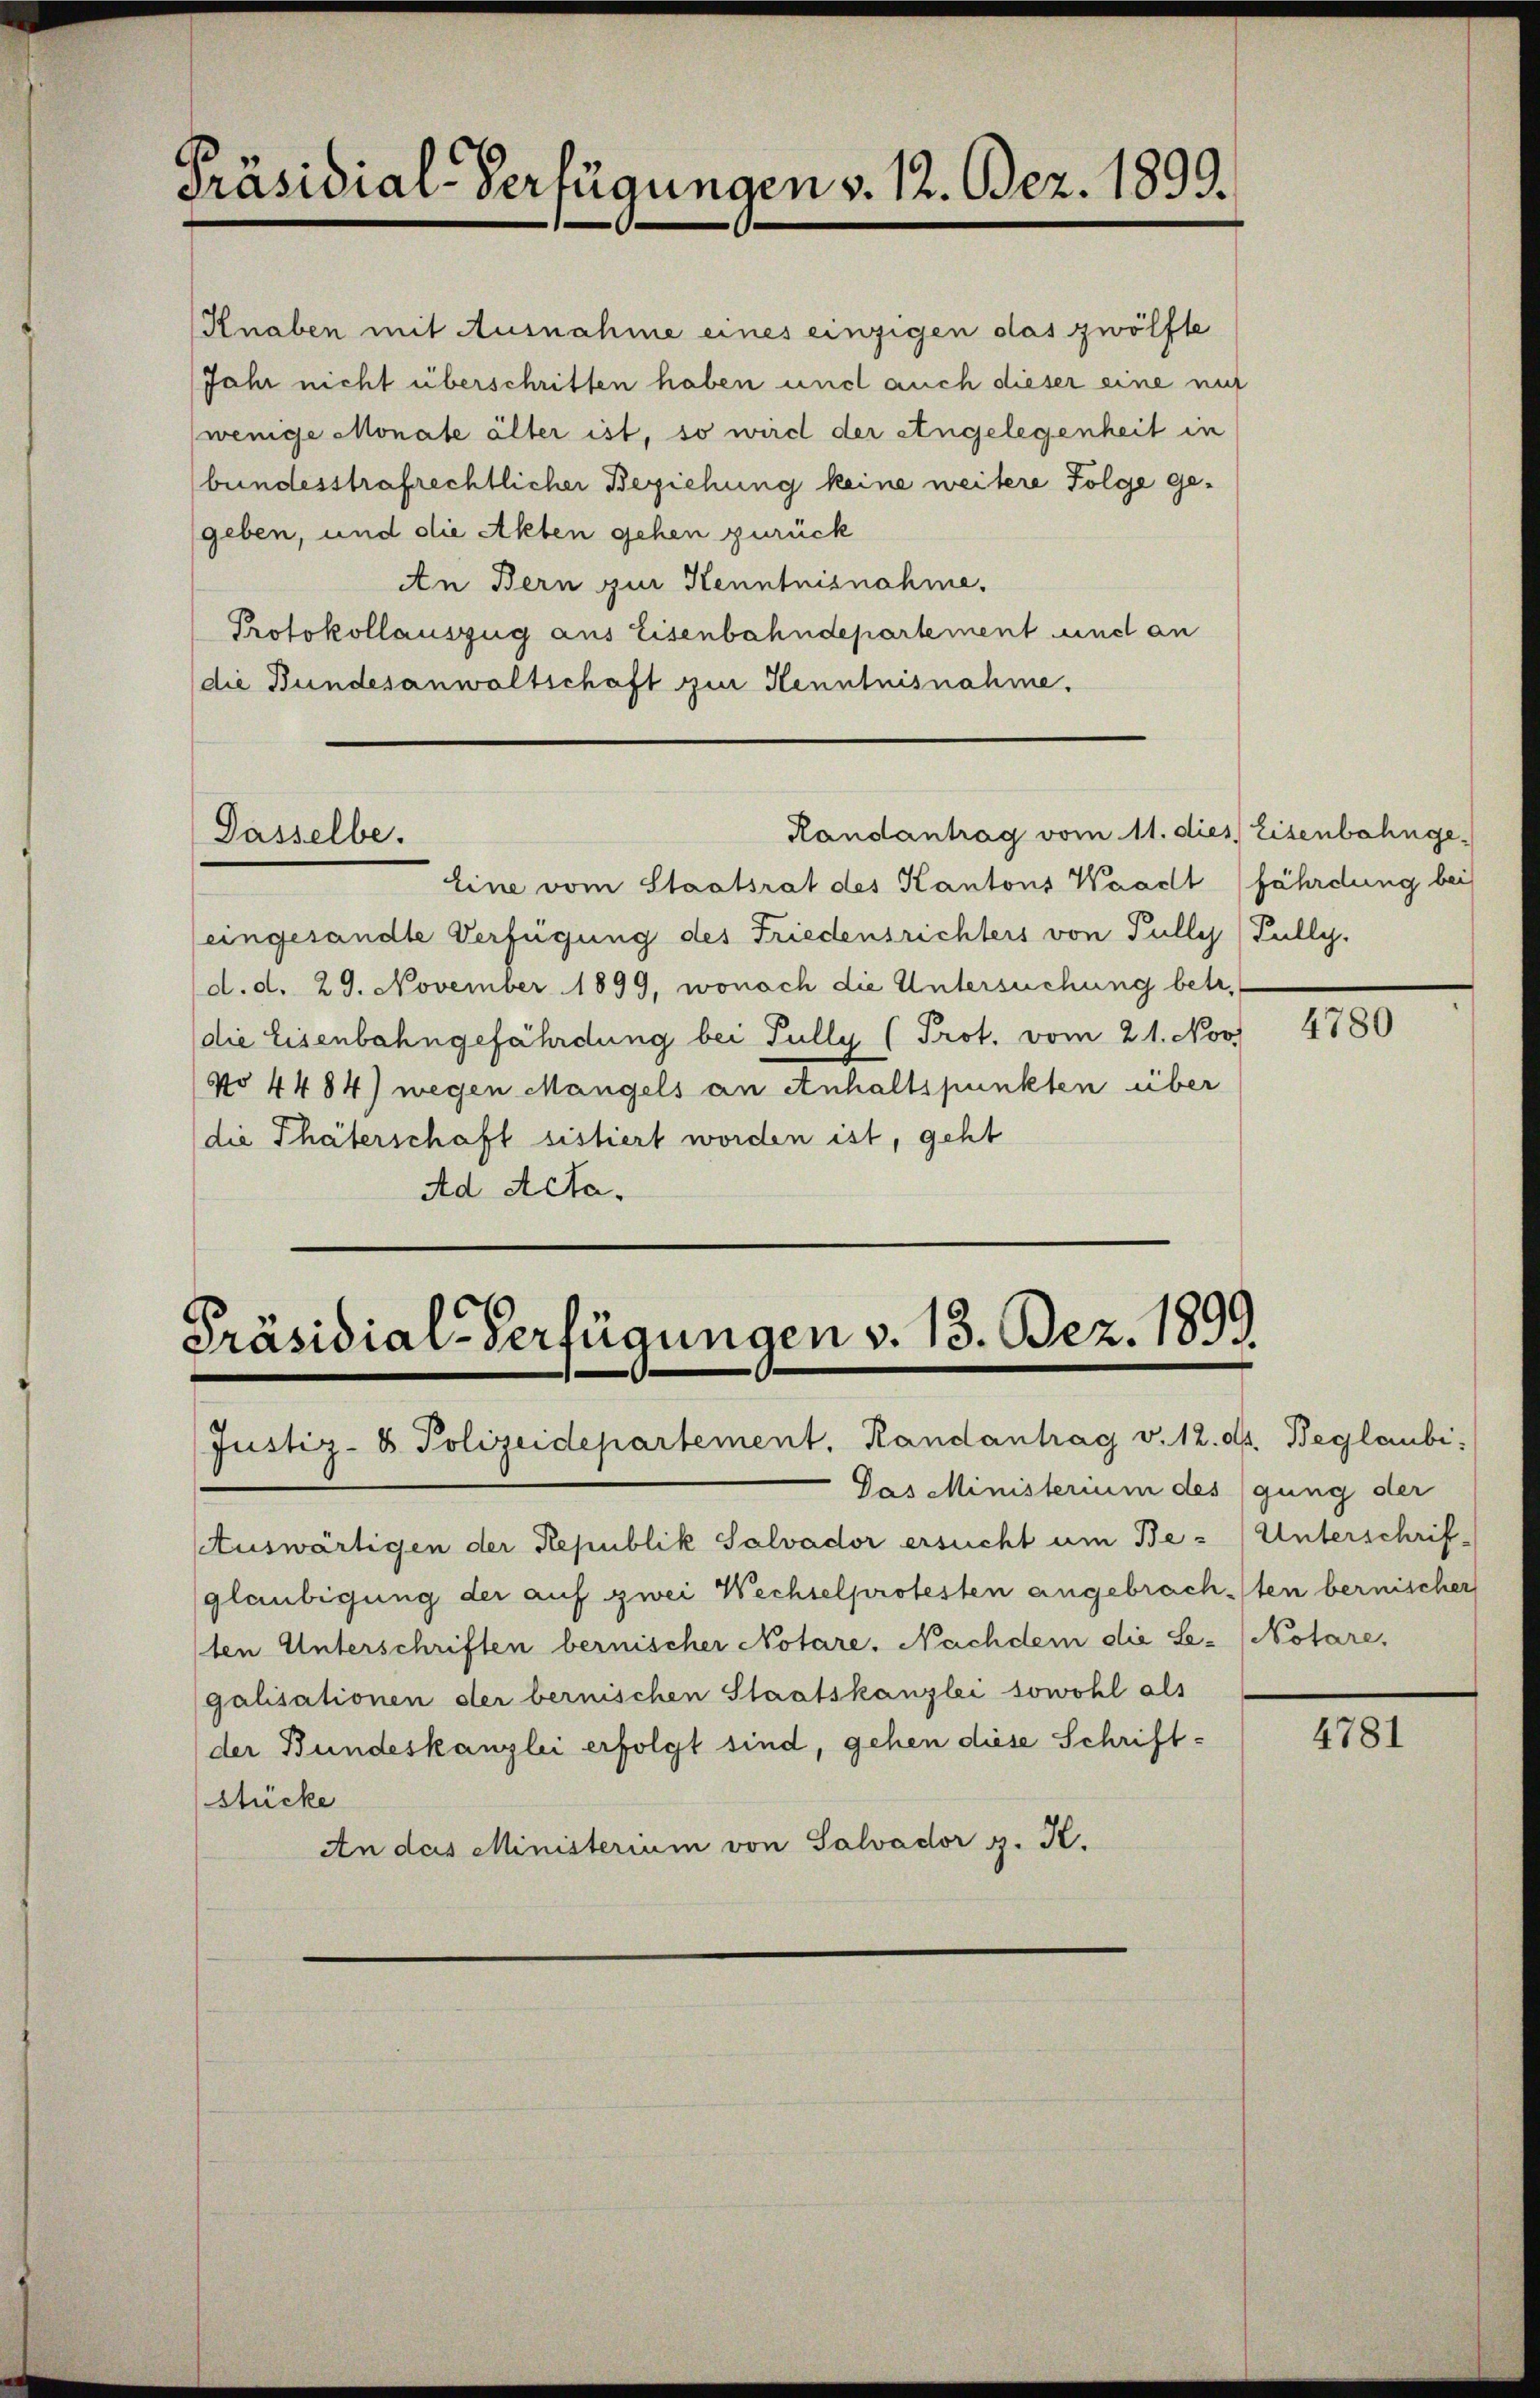
Präsidial-Verfügungen v. 12. Bez. 1899.

Dasselbe.

Knaben mit Ausnahme eines einzigen das zwölfte
Jahr nicht überschritten haben und auch dieser eine mit
(wenige Monate älter ist, so wird der Angelegenheit in
bundesstrafrechtlicher Beziehung keine weitere Folge gegeben, und die Akten gehen zurück
An Bern zur Kenntnisnahme.
Protokollauszug aus Eisenbahndepartement und an
die Bundesanwaltschaft zur Kenntnisnahme.

Eine vom Staatsrat des Kantons Waadt (fährdung bei
(eingesandte Verfügung des Friedensrichters von Pully (Pully.
(d.d. 29. November 1899, wonach die Untersuchung betr.
die Eisenbahngefährdung bei Fully (Prot. vom 21. Nov
No 4484) wegen Mangels an Anhaltspunkten über
(die Thäterschaft sistiert worden ist, geht
Ad Acta.

Präsidial-Verfügungen v. 13. Bez. 1899

Randantrag vom 11. dies Eisenbahnge

Justiz- & Polizeidepartement, Randantrag v. 12. d. Beglaubi,
Das Ministerium des
Auswärtigen der Republik Salvador ersucht um Beglaubigung der auf zwei Wechselprotesten angebrach
ten Unterschriften bernischer Notare. Nachdem die Se-
galisationen der bernischen Staatskanzlei sowohl als
der Bundeskanzlei erfolgt sind, gehen diese Schriftstücke
An das Ministerium von Salvador g. K.

4780

gung der
Unterschriften bernischer
Notare,

4781